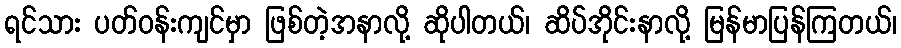
ရင်သား ပတ်ဝန်းကျင်မှာ ဖြစ်တဲ့အနာလို့ ဆိုပါတယ်၊ ဆိပ်အိုင်းနာလို့ မြန်မာပြန်ကြတယ်၊